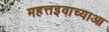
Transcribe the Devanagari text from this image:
महत्तइवाच्याआ